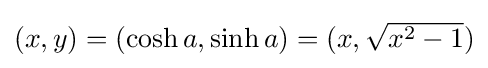
{\textstyle (x,y)=(\cosh a,\sinh a)=(x,{\sqrt {x^{2}-1}})}